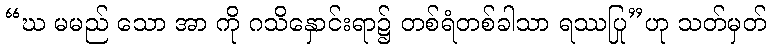
“ဃ မမည် သော အာ ကို ဂသိနှောင်းရာ၌ တစ်ရံတစ်ခါသာ ရဿပြု”ဟု သတ်မှတ်